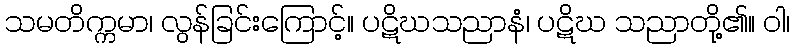
သမတိက္ကမာ၊ လွန်ခြင်းကြောင့်။ ပဋိဃသညာနံ၊ ပဋိဃ သညာတို့၏။ ဝါ၊